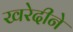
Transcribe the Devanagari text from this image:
खरेदीने